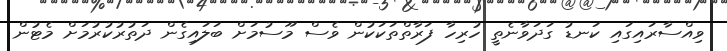
ވިއްސާރައިގައި ކަނޑު ގަދަވާނެތީ ހުރިހާ ފަރާތްތަކަކުން ވެސް މޫސުމަށް ބަލައިގެން ދަތުރުކުރުމަށް މެޓުން